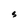
Character: S